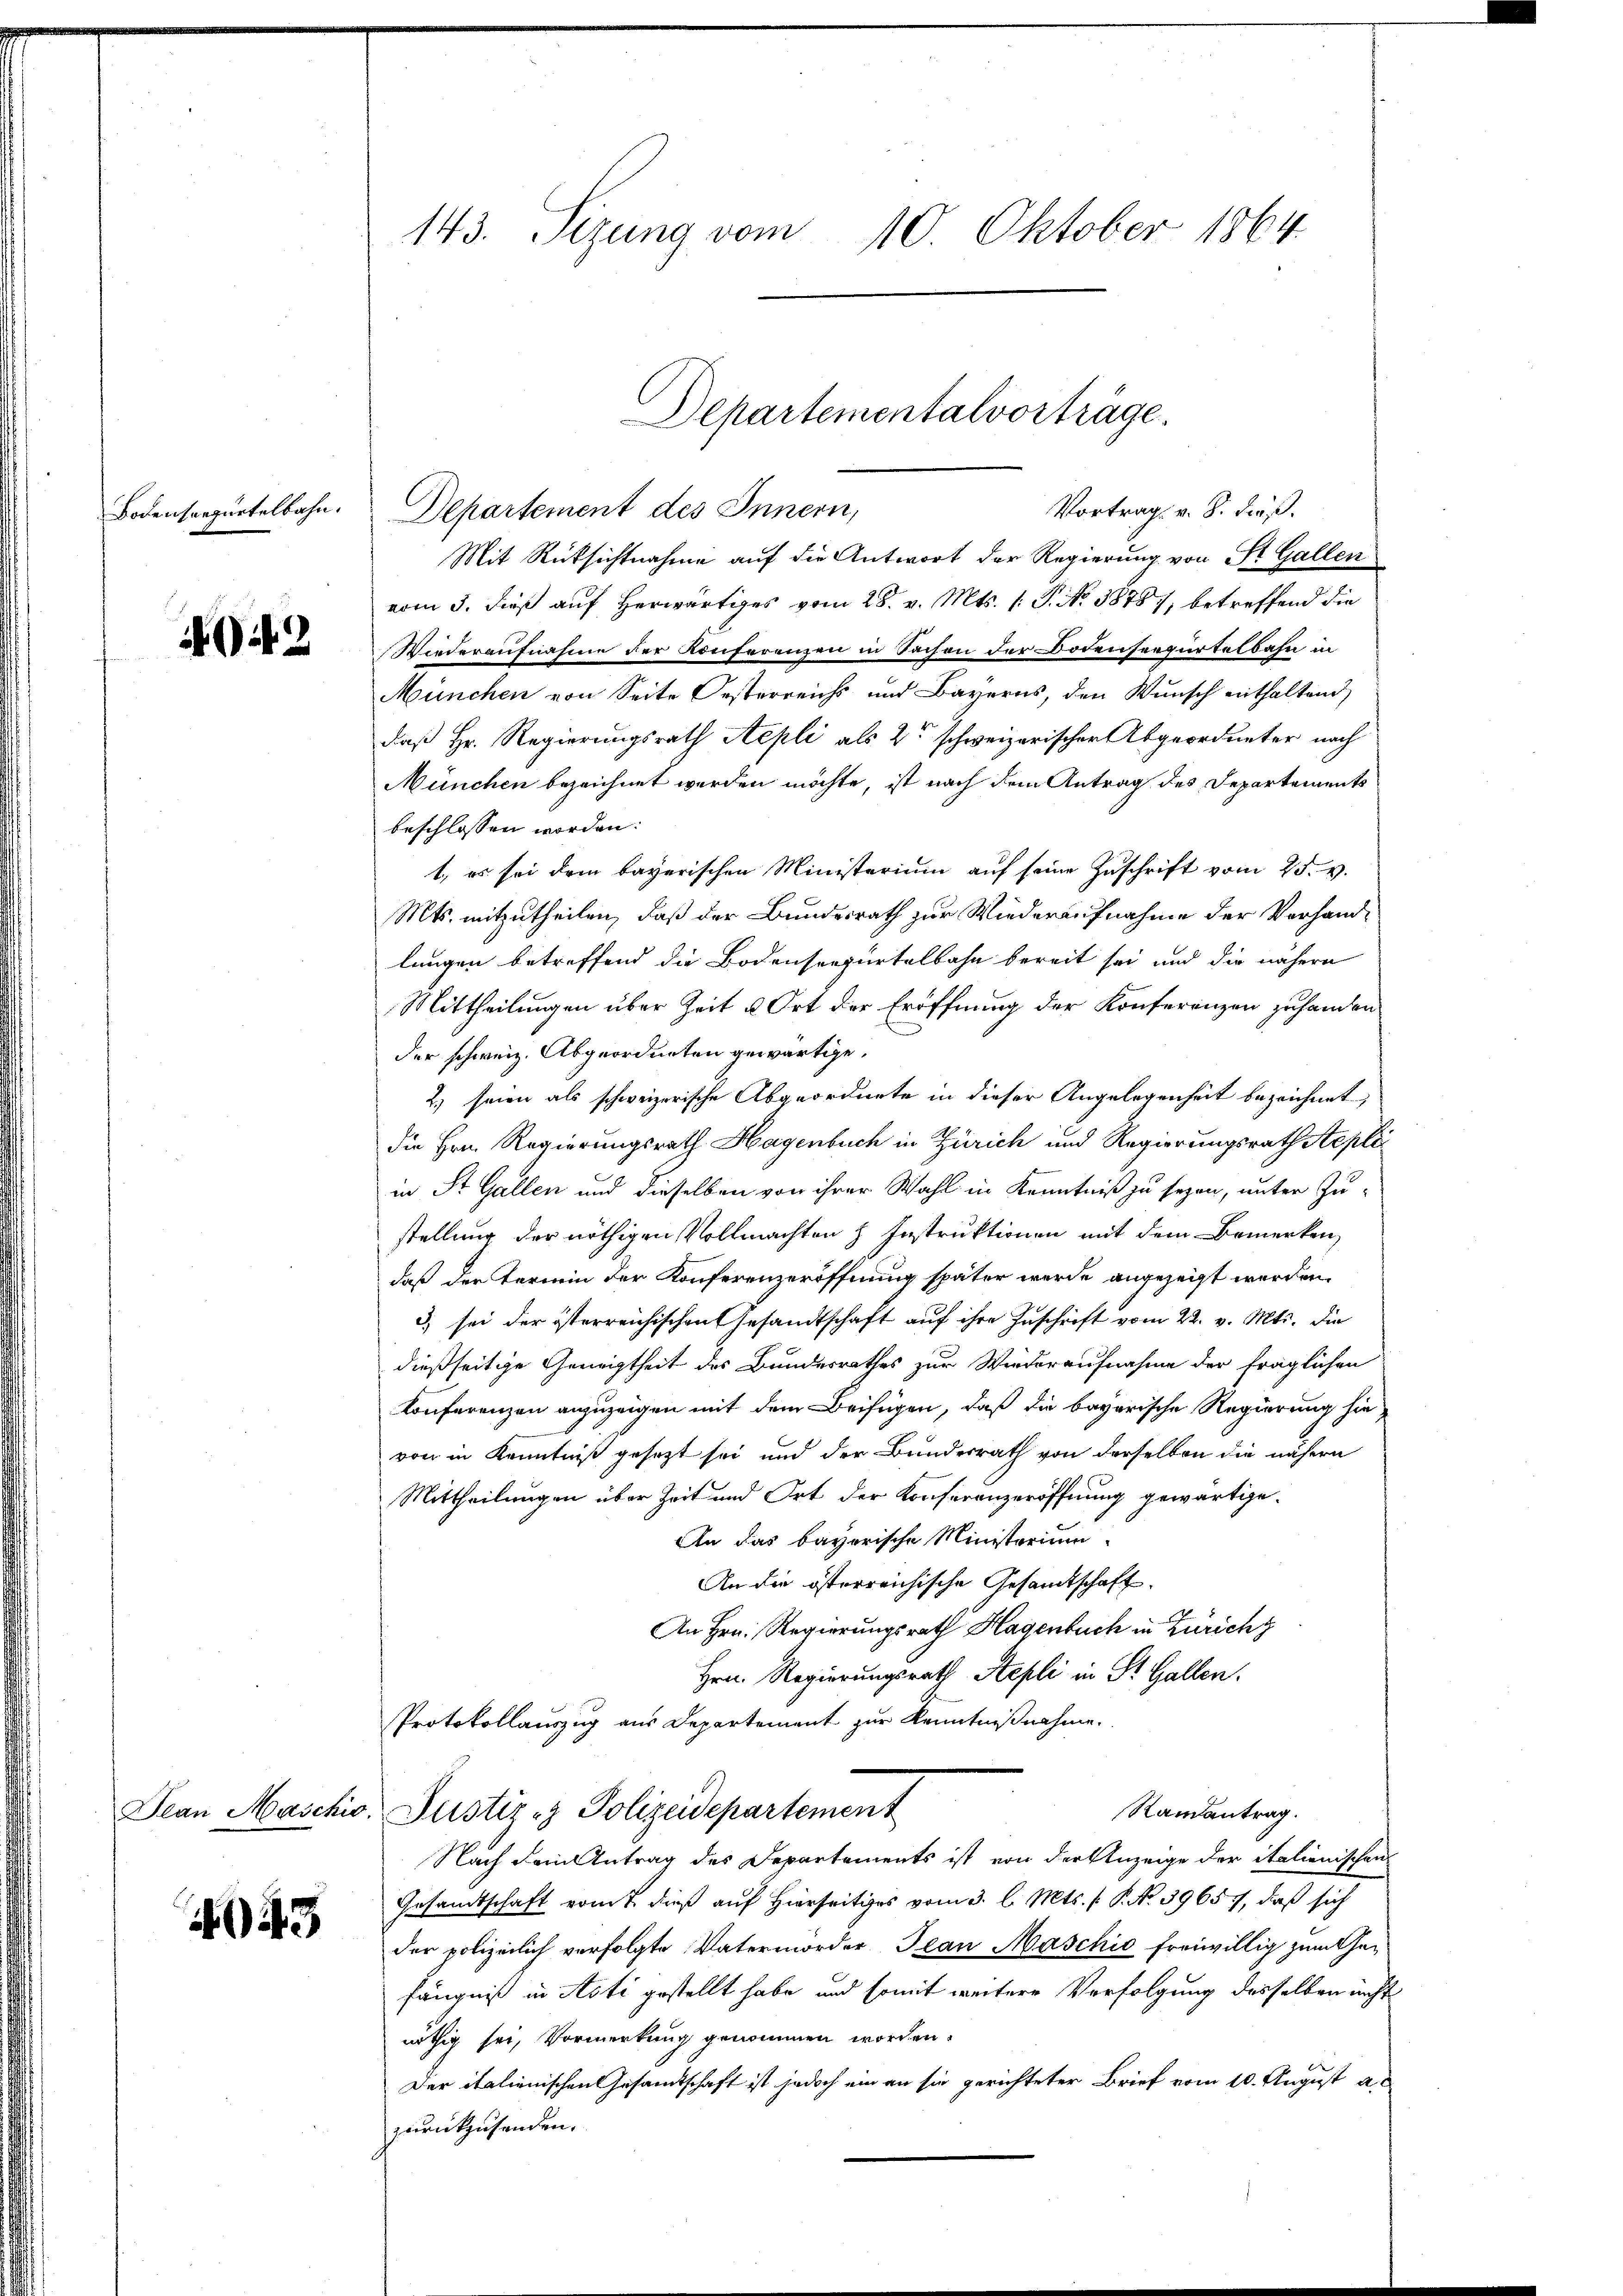
2

43

143. Sizung vom 10. Oktober 1864

Vortrag v. 8. dieß.
Bodensrepartelbahn. Departement des Innern,
Mit Rücksichtnahme auf die Antwort der Regierung von St. Gallen
vom 3. dieß auf Herwärtiges vom 28. v. Mts. 1. P. Nr. 38787, betreffend die
Wiederaufnahme der Konferenzen in Sachen der Bodenseegürtelbahn in
München von Seite Oesterreichs und Bayerns, den Wunsch enthaltend
daß Hr. Regierungsrath Stepli als 2te schweizerischer Abgeordneter nach
München bezeichnet werden möchte, ist nach dem Antrag des Departements
beschlossen worden:
t, es sei dem bayerischen Ministerium auf seine Zuschrift vom 25. v.
Mts. mitzutheilen, daß der Bundesrath zur Wiederaufnahme der Vorhandlungen betreffend die Bodenseepurtelbahn bereit sei und die nähere
Mittheilungen über Zeit u Ort der Eröffnung der Konferenzen zuhanden
der schweiz. Abgeordneten gewärtige,
2) seien als schweizerische Abgeordnete in dieser Angelegenheit bezeichnet,
die Hrn. Regierungsrath Hagenbuch in Zürich und Regierungsrath Stepli
in St. Gallen und dieselben von ihrer Wahl in Kenntniß zu seyen, unter Zu-
stellung der nöthigen Vollmachten & Instruktionen mit dem Bemerken,
daß der Termin der Konferenzeröffnung später werde angezeigt werden.
3) sei der österreichischen Gesandtschaft auf ihre Zuschrift vom 22. v. Mts. die
dießseitige Geneigtheit des Bundesrathes zur Wiederaufnahme der fraglichen
Konferenzen anzuzeigen mit dem Beifügen, daß die bayerische Regierung hievon in Kenntniß gesezt sei und der Bundesrath von derselben die nähern
Mittheilungen über Zeit und Ort der Konferenzeröffnung gewärtige.
An das bayerische Ministerium
An die österreichische Gesandtschaft
An Hrn. Regierungsrath Hagenbuch in Zürich
Hrn. Regierungsrath Aepli in St. Gallen.
Protokollauszug aus Departement zur Kenntnißnahme.
Jean Maschio, Justiz- & Polizeidepartement
Ramantrag.
Nach dem Antrag des Departements ist von der Anzeige der italienischen
Gesandtschaft vom 7. dieß auf Hierseits vom 3. l. Mts. f. P. No. 39657, daß sich
der polizeilich verfolgte Vatermorder Jean Maschio freiwillig zum Gefängniß in Asti gestellt habe, und somit weitere Verfolgung desselben nicht
nöthig sei, Vormerkung genommen worden.
Der italienischen Gesandtschaft ist jedoch ein an sie gerichteter Brief vom 10. August a.
zurückzusenden.

Departementalvorträge.